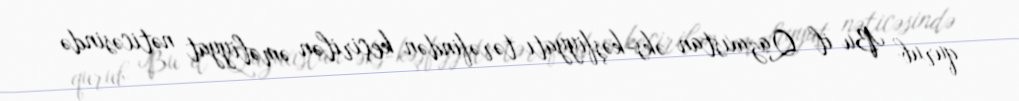
qurub Bu il Qazaxıstan əks-kəşfiyyatı tərəfindən keçirilən əməliyyat nəticəsində